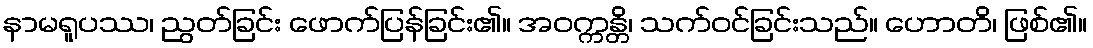
နာမရူပဿ၊ ညွတ်ခြင်း ဖောက်ပြန်ခြင်း၏။ အဝက္ကန္တိ၊ သက်ဝင်ခြင်းသည်။ ဟောတိ၊ ဖြစ်၏။